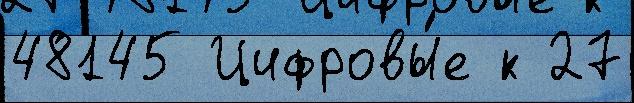
48145 Цифровы́е к 27